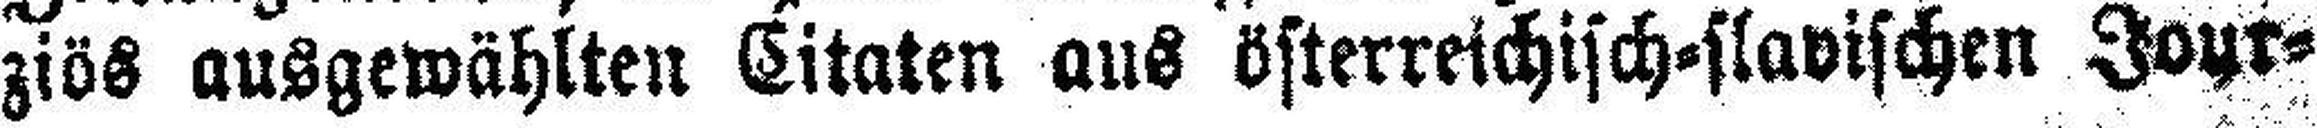
ziös ausgewählten Citaten aus österreichisch=slavischen Jour¬